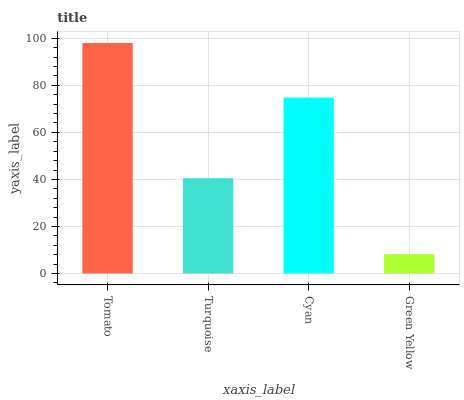
| xaxis_label | bars |
 | --- | --- |
 | Tomato | 98 |
 | Turquoise | 40.5 |
 | Cyan | 74.8 |
 | Green Yellow | 8.19 |